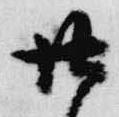
廿